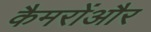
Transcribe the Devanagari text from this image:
कैमरोंऔर